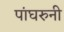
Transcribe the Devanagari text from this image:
पांघरुनी